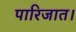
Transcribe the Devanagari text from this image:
पारिजात।